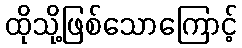
ထိုသို့ဖြစ်သောကြောင့်